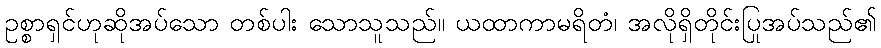
ဥစ္စာရှင်ဟုဆိုအပ်သော တစ်ပါး သောသူသည်။ ယထာကာမရိတံ၊ အလိုရှိတိုင်းပြုအပ်သည်၏